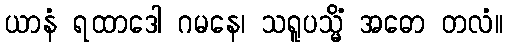
ယာနံ ရထာဒေါ ဂမနေ၊ သရူပသ္မိံ အဓော တလံ။